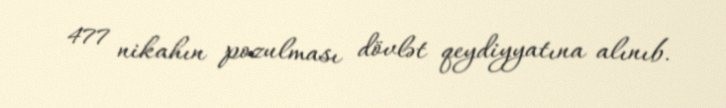
477 nikahın pozulması dövlət qeydiyyatına alınıb.